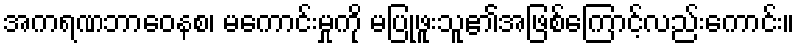
အကရဏဘာဝေနစ၊ မကောင်းမှုကို မပြုဖူးသူ၏အဖြစ်ကြောင့်လည်းကောင်း။